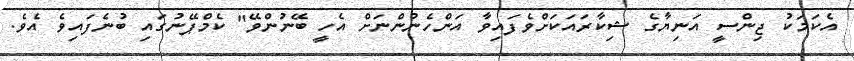
އެކަމަކު ޖިންސީ އަނިޔާގެ ޝިކާރައަކަށްވެފައިވާ އަންހެނުންނަށް އެހީ ބޭނުންވޭ" ކެމްޕޭނުގައި ބުނެފައިވެ އެވެ.